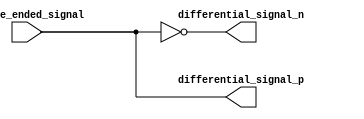
module io_block_differential_buffer (
    input single_ended_signal,
    output differential_signal_p,
    output differential_signal_n
);

assign differential_signal_p = single_ended_signal;
assign differential_signal_n = ~single_ended_signal;

endmodule